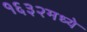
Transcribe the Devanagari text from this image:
१६३२मध्ये